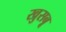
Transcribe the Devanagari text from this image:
खुसबू